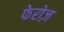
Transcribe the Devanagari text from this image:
फेरोज़